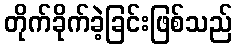
တိုက်ခိုက်ခဲ့ခြင်းဖြစ်သည်